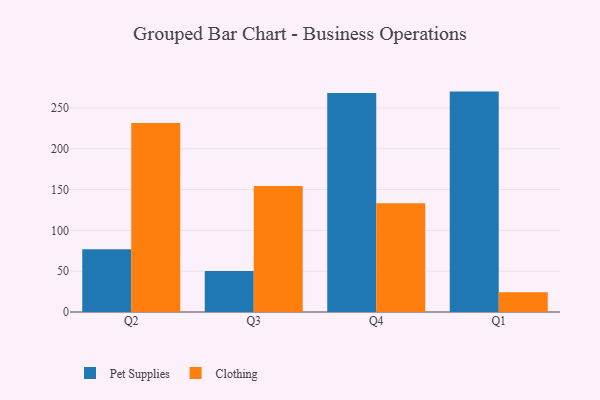
{"axis": {"x": "Quarter", "y": "Inventory Turnover"}, "legend": ["Clothing", "Pet Supplies"], "data": [{"x": "Q2", "y": 76.9, "type": "Pet Supplies"}, {"x": "Q2", "y": 231.4, "type": "Clothing"}, {"x": "Q3", "y": 50.3, "type": "Pet Supplies"}, {"x": "Q3", "y": 154.3, "type": "Clothing"}, {"x": "Q4", "y": 268.2, "type": "Pet Supplies"}, {"x": "Q4", "y": 133.2, "type": "Clothing"}, {"x": "Q1", "y": 270.0, "type": "Pet Supplies"}, {"x": "Q1", "y": 24.3, "type": "Clothing"}]}